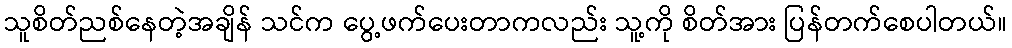
သူစိတ်ညစ်နေတဲ့အချိန် သင်က ပွေ့ဖက်ပေးတာကလည်း သူ့ကို စိတ်အား ပြန်တက်စေပါတယ်။